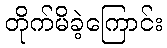
တိုက်မိခဲ့ကြောင်း